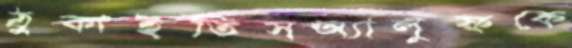
ঠুকাইতিসঅ্যালুফকে